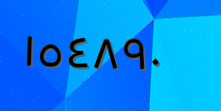
١٥٤٨٩٠